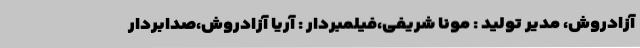
آزادروش، مدیر تولید : مونا شریفی،فیلمبردار : آریا آزادروش،صدابردار